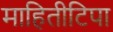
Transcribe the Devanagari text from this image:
माहितीटिपा